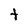
Character: t